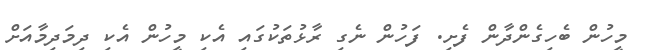
މީހުން ބެހިގެންދާން ފެށި. ފަހުން ނެގި ރާޅުތަކުގައި އެކި މީހުން އެކި ދިމަދިމާއަށް